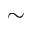
\sim